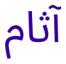
آثام